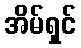
အိမ်ရှင်